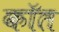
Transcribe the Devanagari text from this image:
कॉत